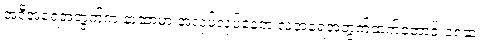
အဲ့ဒီအရေအတွက်က နာဆာမှာ အလုပ်လုပ်နေတဲ့ လူအရေအတွက်ထက်တောင် ၁၈ဆ